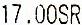
17.00SR